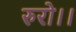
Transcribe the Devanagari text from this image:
रुरो।।